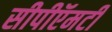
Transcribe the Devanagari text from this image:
सीपीऍमटी